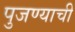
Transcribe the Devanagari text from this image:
पुजण्याची